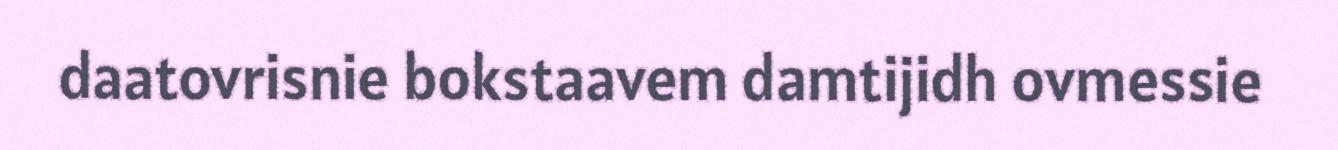
daatovrisnie bokstaavem damtijidh ovmessie